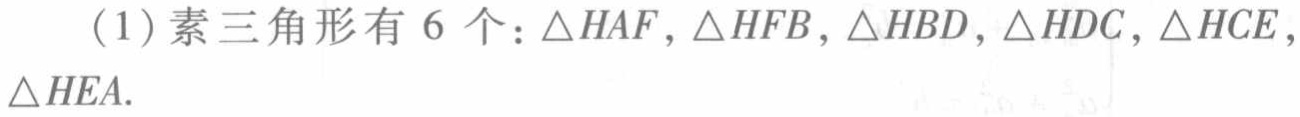
（1）素三角形有 6 个：$\triangle HAF,\triangle HFB,\triangle HBD,\triangle HDC,\triangle HCE,\triangle HEA.$